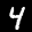
Label: 4